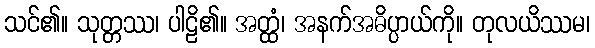
သင်၏။ သုတ္တဿ၊ ပါဠိ၏။ အတ္ထံ၊ အနက်အဓိပ္ပာယ်ကို။ တုလယိဿမ၊